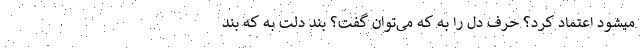
میشود اعتماد کرد؟ حرف دل را بـه کـه می‌توان گفت؟ بند دلت بـه کـه بند